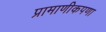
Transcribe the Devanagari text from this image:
प्रामाणीकपणा